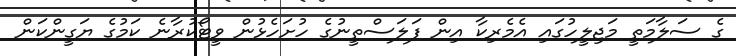
ގެ ސަލާމަތީ މަޖިލީހުގައި އެމެރިކާ އިން ފަލަސްތީނުގެ ހުށަހެޅުން ވީޓޯކުރާނެ ކަމުގެ ޔަގީންކަން